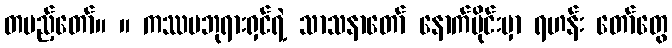
တပည့်တော်။ ။ ကဿပဘုရားရှင်ရဲ့ သာသနာတော် နောက်ပိုင်းမှာ ရဟန်း တော်တွေ